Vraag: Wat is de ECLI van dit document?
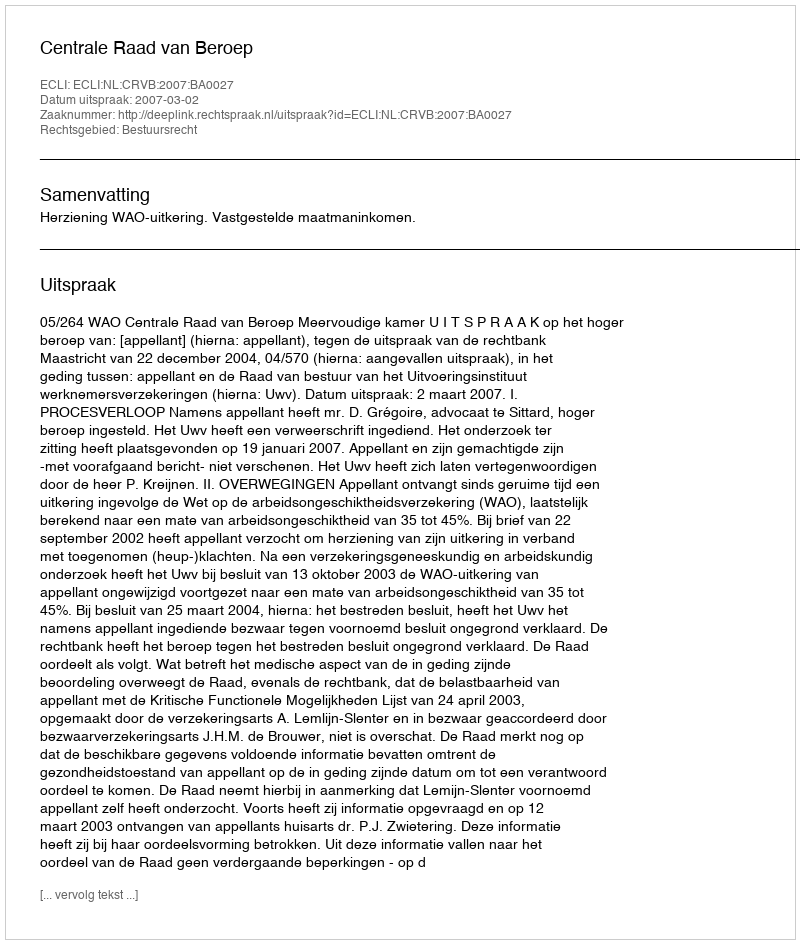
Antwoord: ECLI:NL:CRVB:2007:BA0027